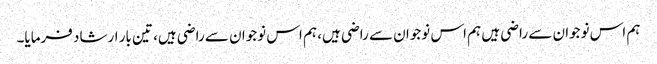
ہم اس نوجوان سے راضی ہیں ہم اس نوجوان سے راضی ہیں، ہم اس نوجوان سے راضی ہیں، تین بار ارشاد فرمایا۔